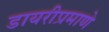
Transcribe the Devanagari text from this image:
डायरीप्रमाणे